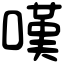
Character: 嘆